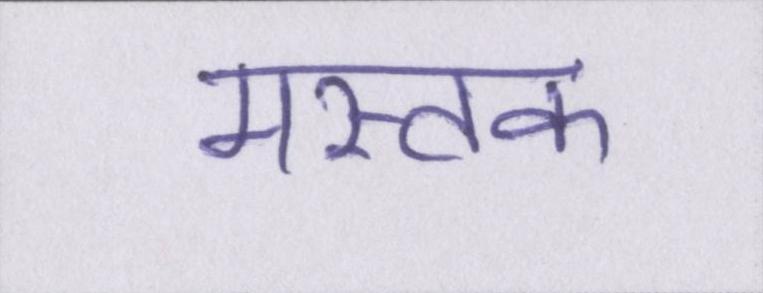
मस्तक